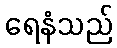
ရေနံသည်